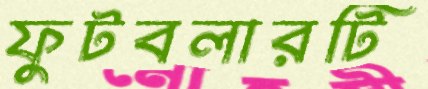
ফুটবলারটি